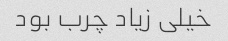
خیلی زیاد چرب بود